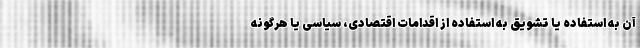
آن به استفاده یا تشویق به استفاده از اقدامات اقتصادی، سیاسی یا هرگونه